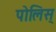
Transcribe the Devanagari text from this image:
पोलिस्